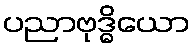
ပညာဗုဒ္ဓိယော